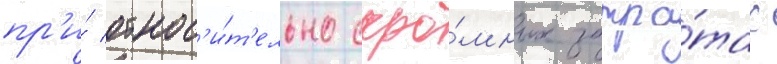
пр'и́ относ'и́т'ельно скро́мных затра́тах